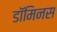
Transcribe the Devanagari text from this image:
डॉमिनस